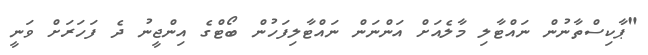
"ޕާކިސްތާނުން ނައްޓާލި މާލެއަށް އަންނަން ނައްޓާލިފަހުން ބޯޓްގެ އިންޖީނު ދެ ފަހަރަށް ވަނީ